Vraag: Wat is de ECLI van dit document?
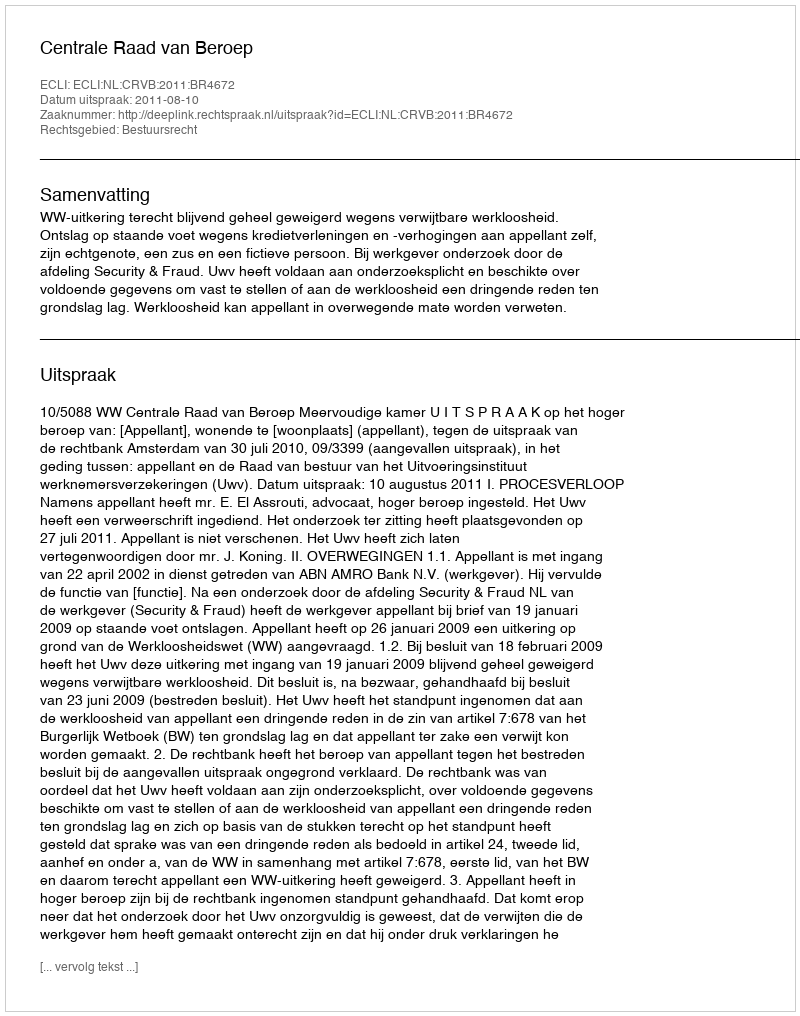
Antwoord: ECLI:NL:CRVB:2011:BR4672